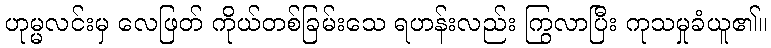
ဟုမ္မလင်းမှ လေဖြတ် ကိုယ်တစ်ခြမ်းသေ ရဟန်းလည်း ကြွလာပြီး ကုသမှုခံယူ၏။